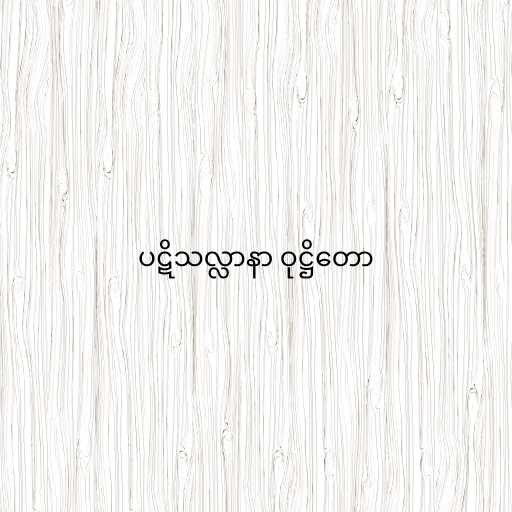
ပဋိသလ္လာနာ ဝုဋ္ဌိတော